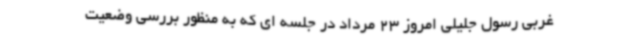
غربی رسول جلیلی امروز 23 مرداد در جلسه ای که به منظور بررسی وضعیت